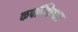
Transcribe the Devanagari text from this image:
कपर्दिकेश्वर